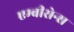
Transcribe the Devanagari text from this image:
एम्बीसेन्स